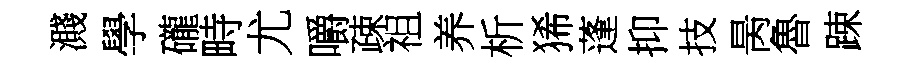
濺學礲畤尤嚼疎祖养析狶蓬抑技昺魯踈